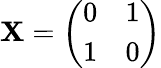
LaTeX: \mathbf{X}=\left(\begin{array}{ll}{0}&{1}\\ {1}&{0}\end{array}\right)